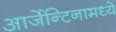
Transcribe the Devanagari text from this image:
आर्जेन्टिनामध्ये